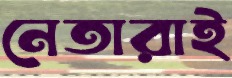
নেতারাই